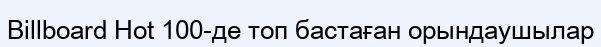
Billboard Hot 100-де топ бастаған орындаушылар